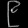
Digit: ၉